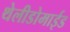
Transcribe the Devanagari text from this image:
थेलीडोमाईड